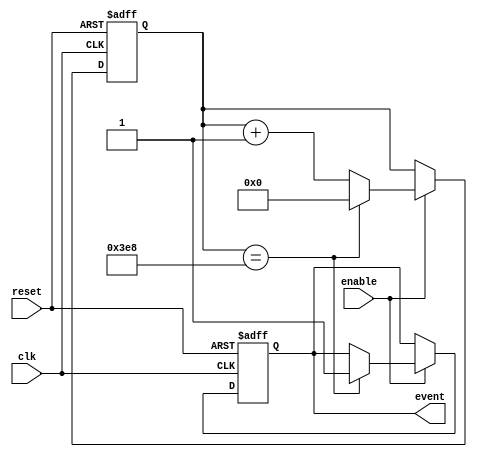
module EventTimer (
    input wire clk,
    input wire reset,
    input wire enable,
    output reg event
);

parameter COUNT_VALUE = 1000;
reg [31:0] counter;

always @(posedge clk or posedge reset) begin
    if (reset) begin
        counter <= 0;
        event <= 0;
    end else if (enable) begin
        counter <= counter + 1;
        if (counter == COUNT_VALUE) begin
            event <= 1;
            counter <= 0;
        end
    end
end

endmodule